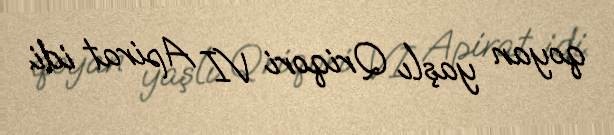
qoyan yaşlı Qriqori VI Apirat idi.